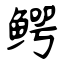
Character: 鳄